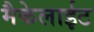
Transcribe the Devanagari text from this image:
मैकेलाईट